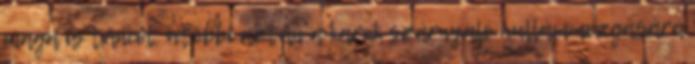
maga is táncol, utóbbi aztán a karok szárnyaló hullámmozgására